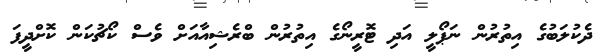
ދެކުލަބުގެ އިތުރުން ނަޕޯލީ އަދި ޓޮރީނޯގެ އިތުރުން ބްރެޝިއާއަށް ވެސް ކޯޗުކަން ކޮށްދީފަ